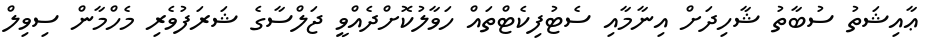
ޢާއިޝަތު ސުބާތު ޝާހިދަށް އިނާމާއި ސެޓުފިކެޓްތައް ހަވާލުކޮށްދެއްވީ ޖަލްސާގެ ޝަރަފުވެރި މެހްމާން ސިވިލް